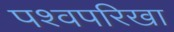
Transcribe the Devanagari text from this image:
पश्वपरिखा